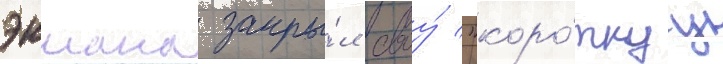
экмана закры́л своу́ "коро́ткуу